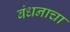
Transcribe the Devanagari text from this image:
बंधनाचा